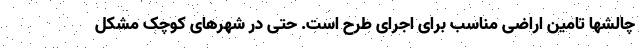
چالشها تامین اراضی مناسب برای اجرای طرح است. حتی در شهرهای کوچک مشکل